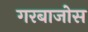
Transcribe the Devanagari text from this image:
गरबाजोस